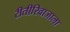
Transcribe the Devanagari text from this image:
रीतीरिवाजाला